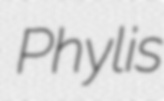
Phylis